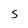
Character: S